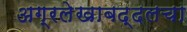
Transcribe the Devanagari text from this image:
अग्रलेखाबद्दलचा